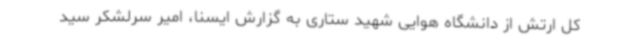
کل ارتش از دانشگاه هوایی شهید ستاری به گزارش ایسنا، امیر سرلشکر سید